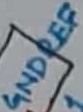
Text: GNDREF